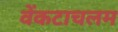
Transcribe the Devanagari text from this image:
वेंकटाचलम